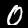
Digit: 0